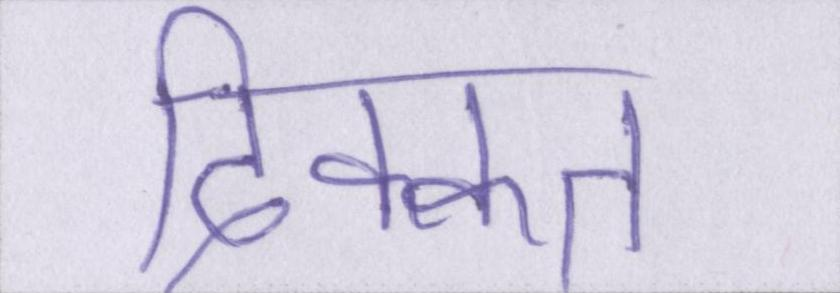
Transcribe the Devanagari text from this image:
दिक्कत